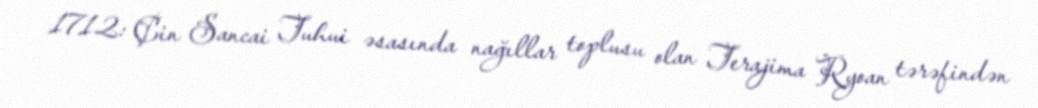
1712: Çin Sancai Tuhui əsasında nağıllar toplusu olan Terajima Ryoan tərəfindən